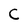
Character: C